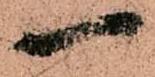
一